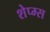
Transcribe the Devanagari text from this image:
शेप्म्स